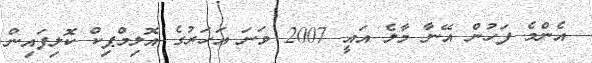
އެންމެ ފަހުން އޭނާ މާލެ އައީ 2007 ވަނަ އަހަރުގެ އޮލިމްޕިކް ކޮލިފައިން